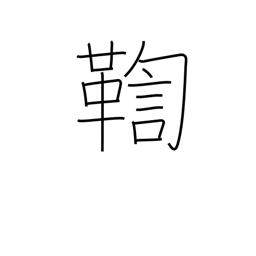
Meaning: investigate a crime